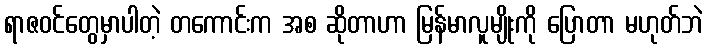
ရာဇဝင်တွေမှာပါတဲ့ တကောင်းက အစ ဆိုတာဟာ မြန်မာလူမျိုးကို ပြောတာ မဟုတ်ဘဲ